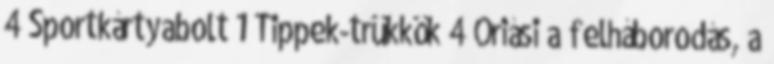
4 Sportkártyabolt 1 Tippek-trükkök 4 Óriási a felháborodás, a